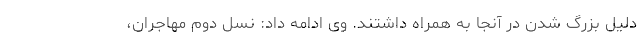
دلیل بزرگ شدن در آنجا به همراه داشتند. وی ادامه داد: نسل دوم مهاجران،